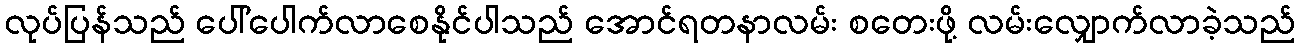
လုပ်ပြန်သည် ပေါ်ပေါက်လာစေနိုင်ပါသည် အောင်ရတနာလမ်း စတေးဖို့ လမ်းလျှောက်လာခဲ့သည်